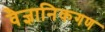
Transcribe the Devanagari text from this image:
वैज्ञानिकगण